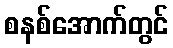
စနစ်အောက်တွင်